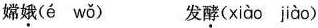
嫦娥(é wǒ) 发酵(xiào jiào)